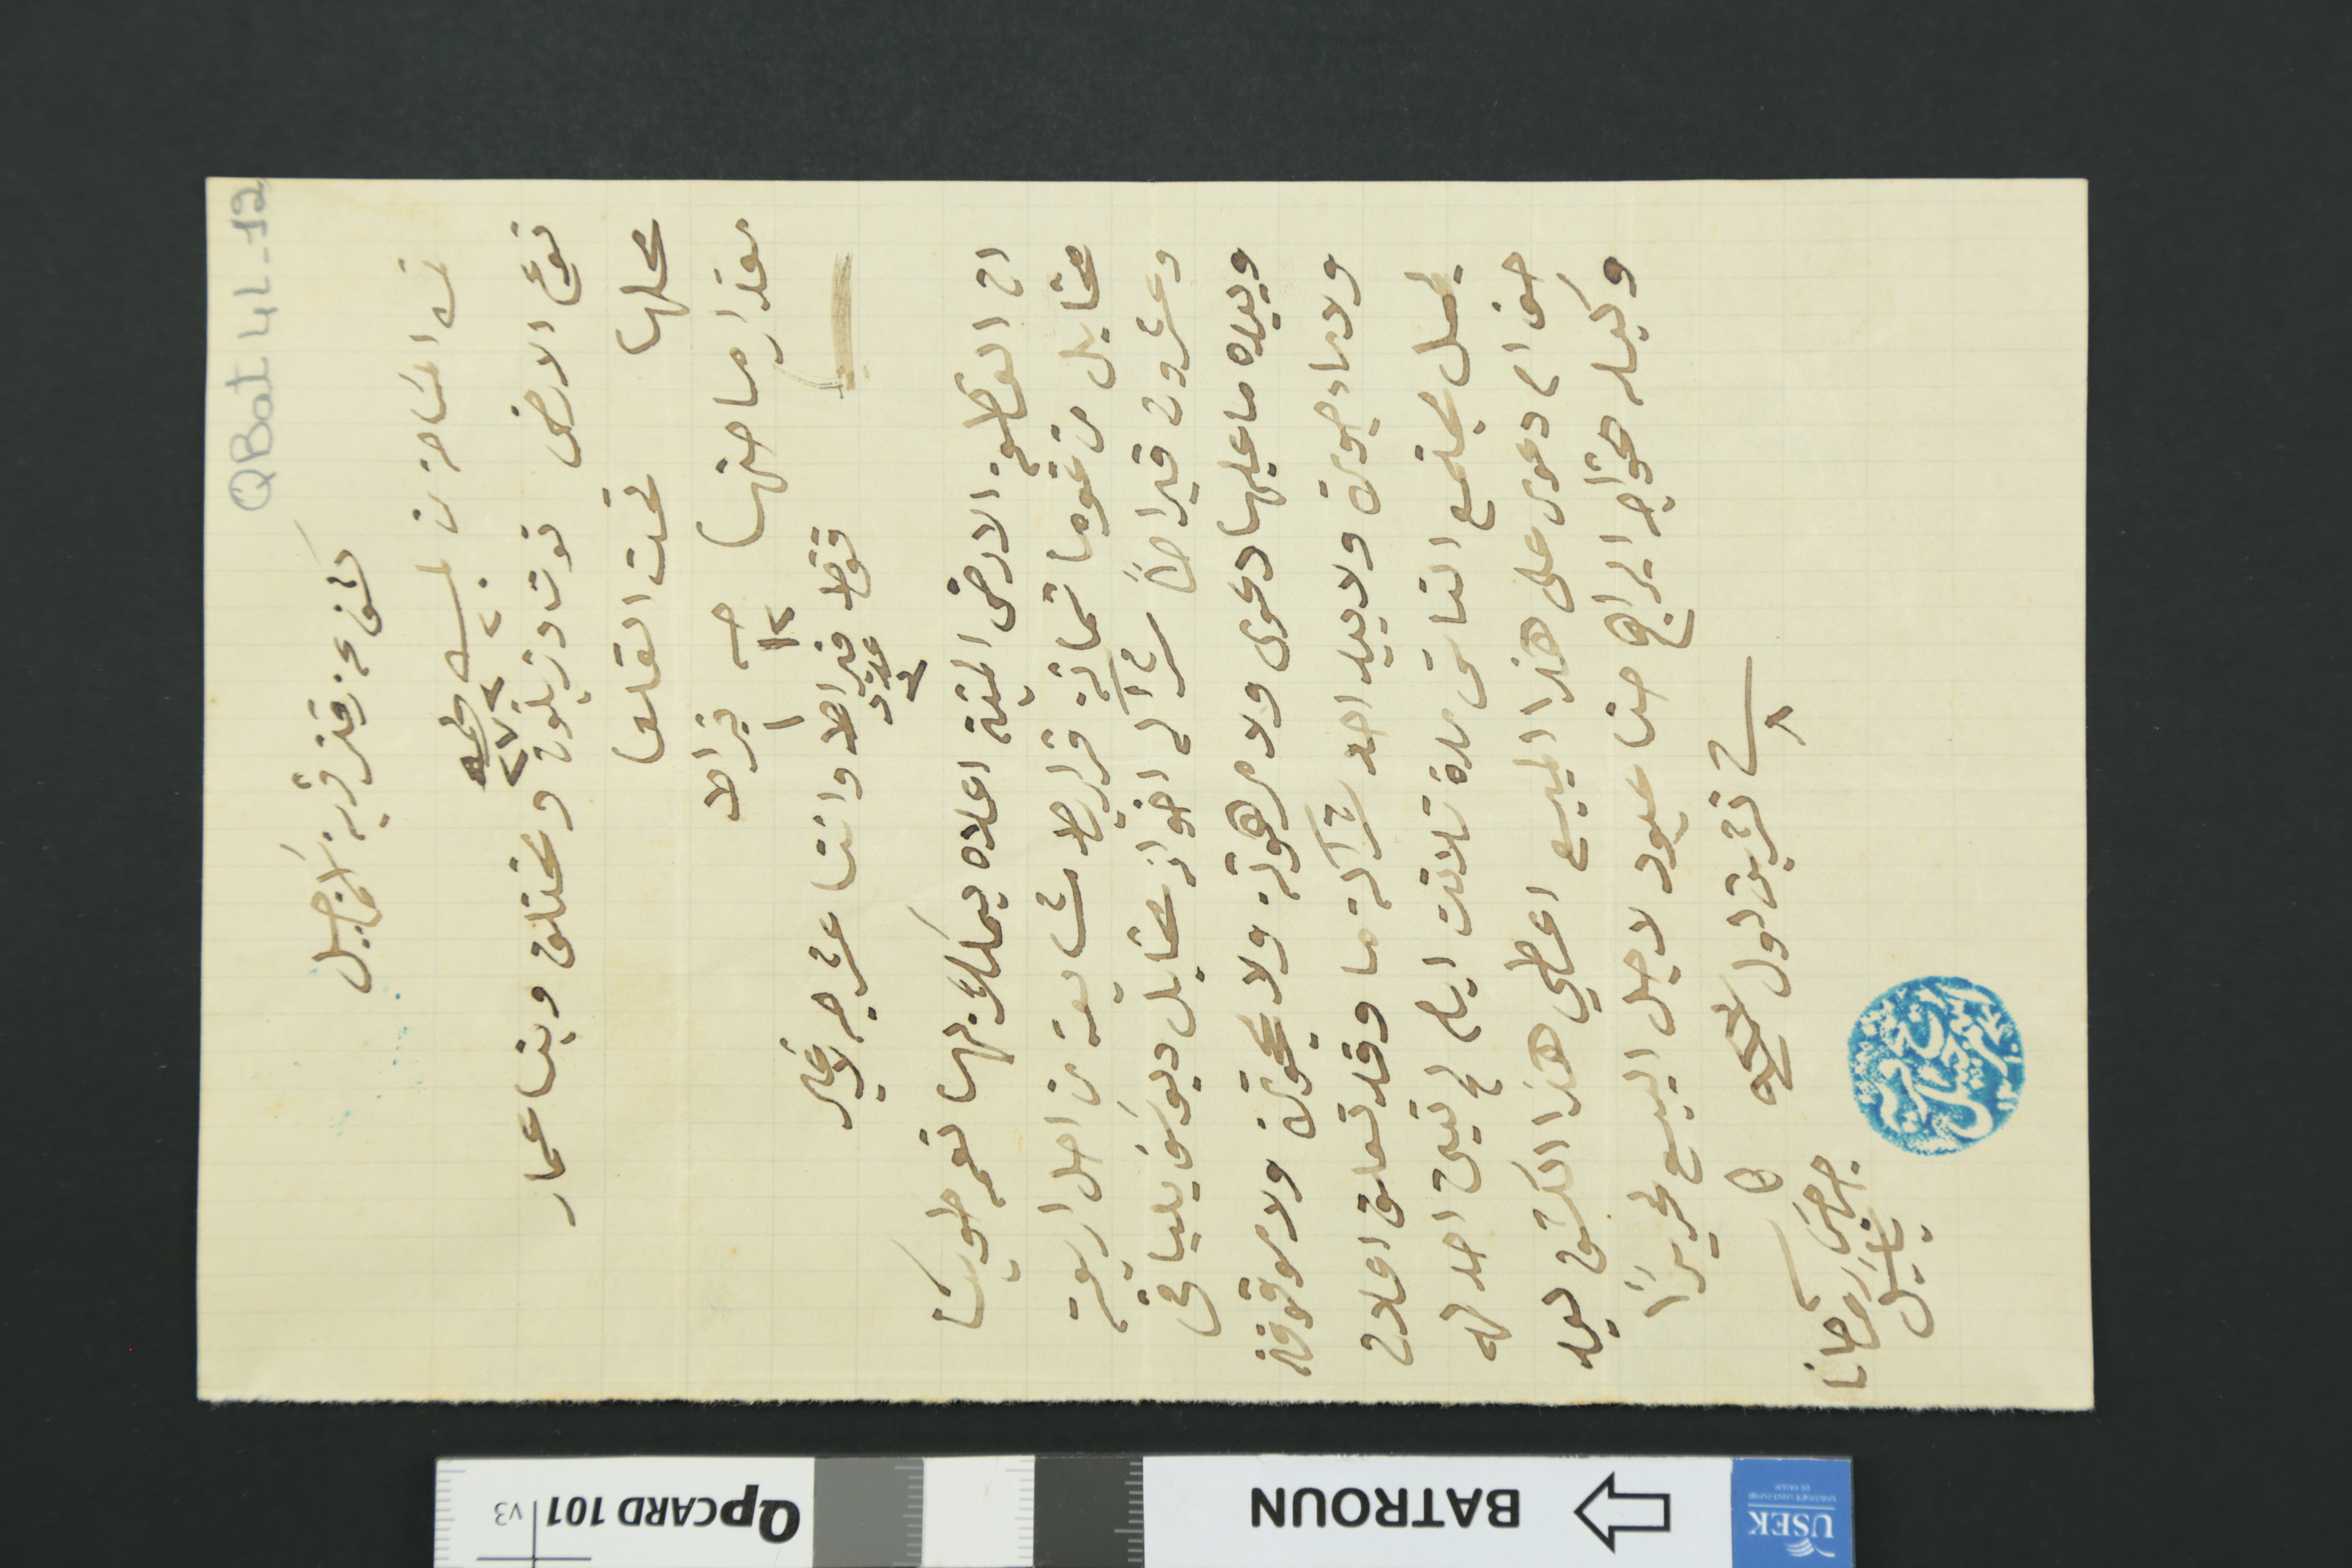
QBat 4L-12
كشف عن دفتر قرية اسَمر جبيل
ثمن المسَاحة من 	حـ ٢٠	نمرو٢٧٢
نوع الارض توت وزيتون ومختلف وبنا عمار
محلها تحت القلعا
مقدار مساحتها حـه ١٢ قيراط ١
فقط قيراط عدد ٣ واثنا عشر حبه لا غير
ان القطعة الارض الميتة اعلاه يملك بها نعمه طوبيا
مخايل من غوما ثمانة قراريط مشايعة من اصل اربعة
وعشرون قيراطاً شراكه اخوانه مخايل ويوسَف بالباقى
وبيده ما عليها دعوى ولا مرهونة ولا محجوزة ولا موقوفة
ولا ماءجورة ولا بيد احد شراكة ما وقد تعلق اعلان
ليصل مجتمع الناسَ مدة تلاتت ايام لم تعين احد له
حق ام دعوى على هذا المبيع اعطي هذا الكشف ليد
وكيله الخواجه ابراهيم حنا عبود لاجل البيع تحريراً
في ٨ تشرين اول سنة ٩٢٣
كاتب جرجسَ روحانا باسَيل
شيخ قرية اسمر جبيل